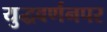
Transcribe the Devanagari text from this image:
युद्धवर्णनपर